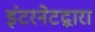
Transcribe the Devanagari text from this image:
इंटरनेटद्वारा